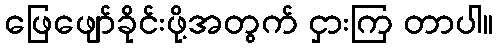
ဖြေဖျော်ခိုင်းဖို့အတွက် ငှားကြ တာပါ။